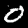
Label: 0